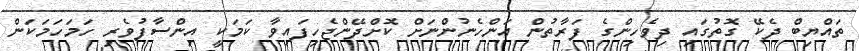
ތައްޔިބް ދެކޭ ގޮތުގައި ދިވެހިންގެ ފަރާތުން އަންހެނުންނަށް ކޮށްދޭންޖެހިފައިވާ ކަމަކީ އިންސާފުވެރި ހަމަހަމަކަން